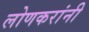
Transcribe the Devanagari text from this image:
लोणकरांनी